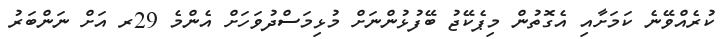
ކުރެއްވޭނެ ކަމަށާއި އެގޮތުން މިޕެކޭޖު ބޭފުޅުންނަށް މުޅިމަސްދުވަހަށް އެންމެ 29ރ އަށް ނަންބަރު